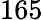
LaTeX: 165